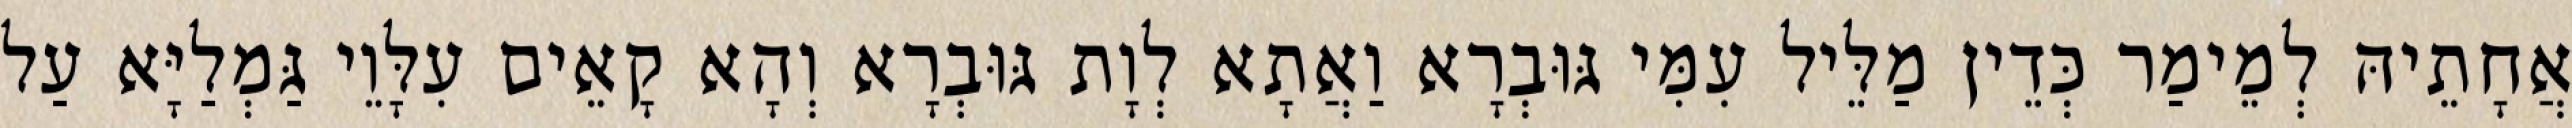
אֲחָתֵיהּ לְמֵימַר כְּדֵין מַלֵּיל עִמִּי גּוּבְרָא וַאֲתָא לְוָת גּוּבְרָא וְהָא קָאֵים עִלָּוֵי גַּמְלַיָּא עַל